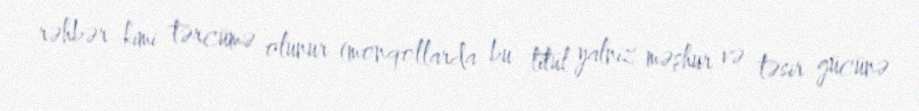
rəhbər kimi tərcümə olunur (monqollarda bu titul yalnız məşhur və təsir gücünə